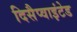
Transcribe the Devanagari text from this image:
दिसैप्वाइंटेड